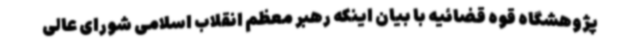
پژوهشگاه قوه قضائیه با بیان اینکه رهبر معظم انقلاب اسلامی شورای عالی